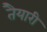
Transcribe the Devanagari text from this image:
तैेयारी